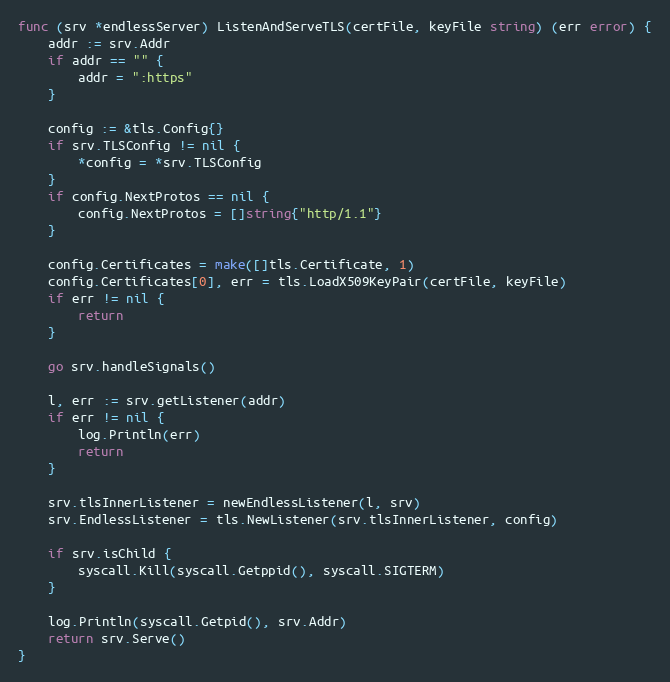
Language: Go
func (srv *endlessServer) ListenAndServeTLS(certFile, keyFile string) (err error) {
	addr := srv.Addr
	if addr == "" {
		addr = ":https"
	}

	config := &tls.Config{}
	if srv.TLSConfig != nil {
		*config = *srv.TLSConfig
	}
	if config.NextProtos == nil {
		config.NextProtos = []string{"http/1.1"}
	}

	config.Certificates = make([]tls.Certificate, 1)
	config.Certificates[0], err = tls.LoadX509KeyPair(certFile, keyFile)
	if err != nil {
		return
	}

	go srv.handleSignals()

	l, err := srv.getListener(addr)
	if err != nil {
		log.Println(err)
		return
	}

	srv.tlsInnerListener = newEndlessListener(l, srv)
	srv.EndlessListener = tls.NewListener(srv.tlsInnerListener, config)

	if srv.isChild {
		syscall.Kill(syscall.Getppid(), syscall.SIGTERM)
	}

	log.Println(syscall.Getpid(), srv.Addr)
	return srv.Serve()
}